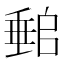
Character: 𡑈